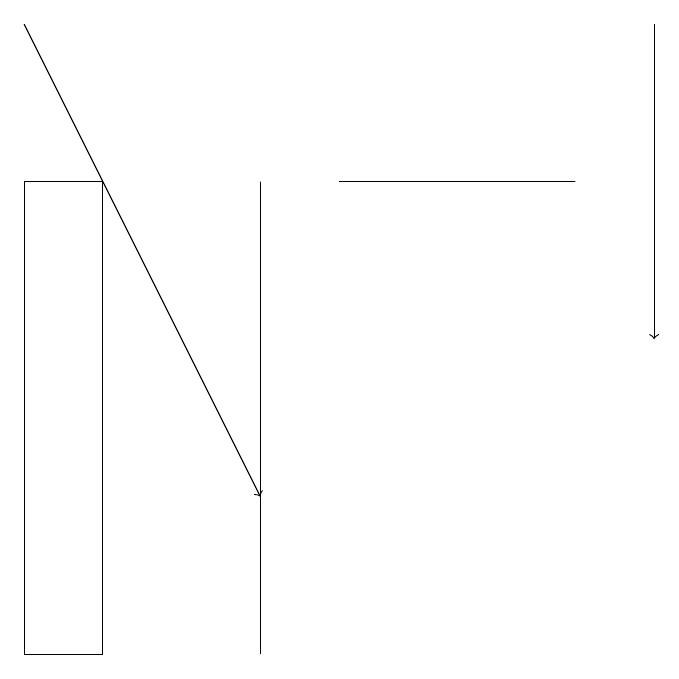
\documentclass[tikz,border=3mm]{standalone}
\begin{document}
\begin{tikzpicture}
\draw (4,17) rectangle (4,11);
\draw (1,11) rectangle (2,17);
\draw[->] (1,19) -- (4,13);
\draw[->] (9,19) -- (9,15);
\draw (5,17) rectangle (8,17);
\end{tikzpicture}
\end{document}